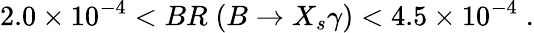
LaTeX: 2.0\times 10^{-4}<BR\; (B\rightarrow X_{s}\gamma)<4.5\times 10^{-4}\; .